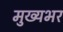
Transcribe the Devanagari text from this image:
मुख्यभर